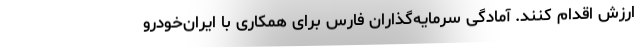
ارزش اقدام کنند. آمادگی سرمایه‌گذاران فارس برای همکاری با ایران‌خودرو